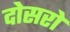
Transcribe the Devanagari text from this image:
दोसरो